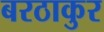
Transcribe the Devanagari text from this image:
बरठाकुर